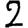
Digit: 2